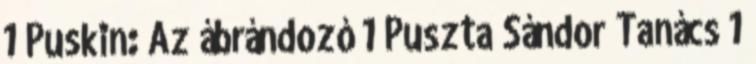
1 Puskin: Az ábrándozó 1 Puszta Sándor Tanács 1